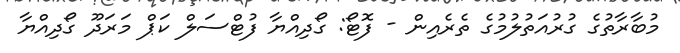
މުބާރާތުގެ ގުރުއަތުލުމުގެ ތެރެއިން - ފޮޓޯ: ގޯދިއްޔާ ފުޓްސަލް ކަޕް މަރަދޫ ގޯދިއްޔާ